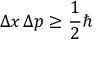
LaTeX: \Delta x \, \Delta p \geq { \frac { 1 } { 2 } } \hbar